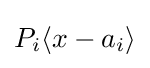
P_{i}\langle x-a_{i}\rangle